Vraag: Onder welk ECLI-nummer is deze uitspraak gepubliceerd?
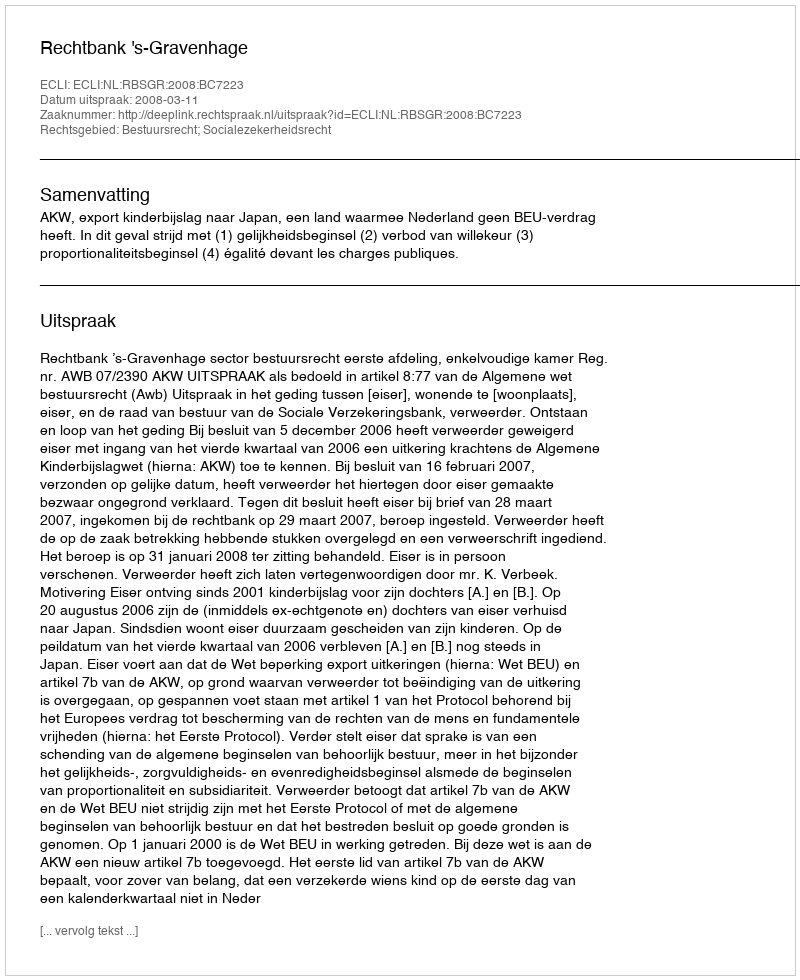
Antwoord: ECLI:NL:RBSGR:2008:BC7223